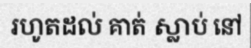
រហូតដល់ គាត់ ស្លាប់ នៅ